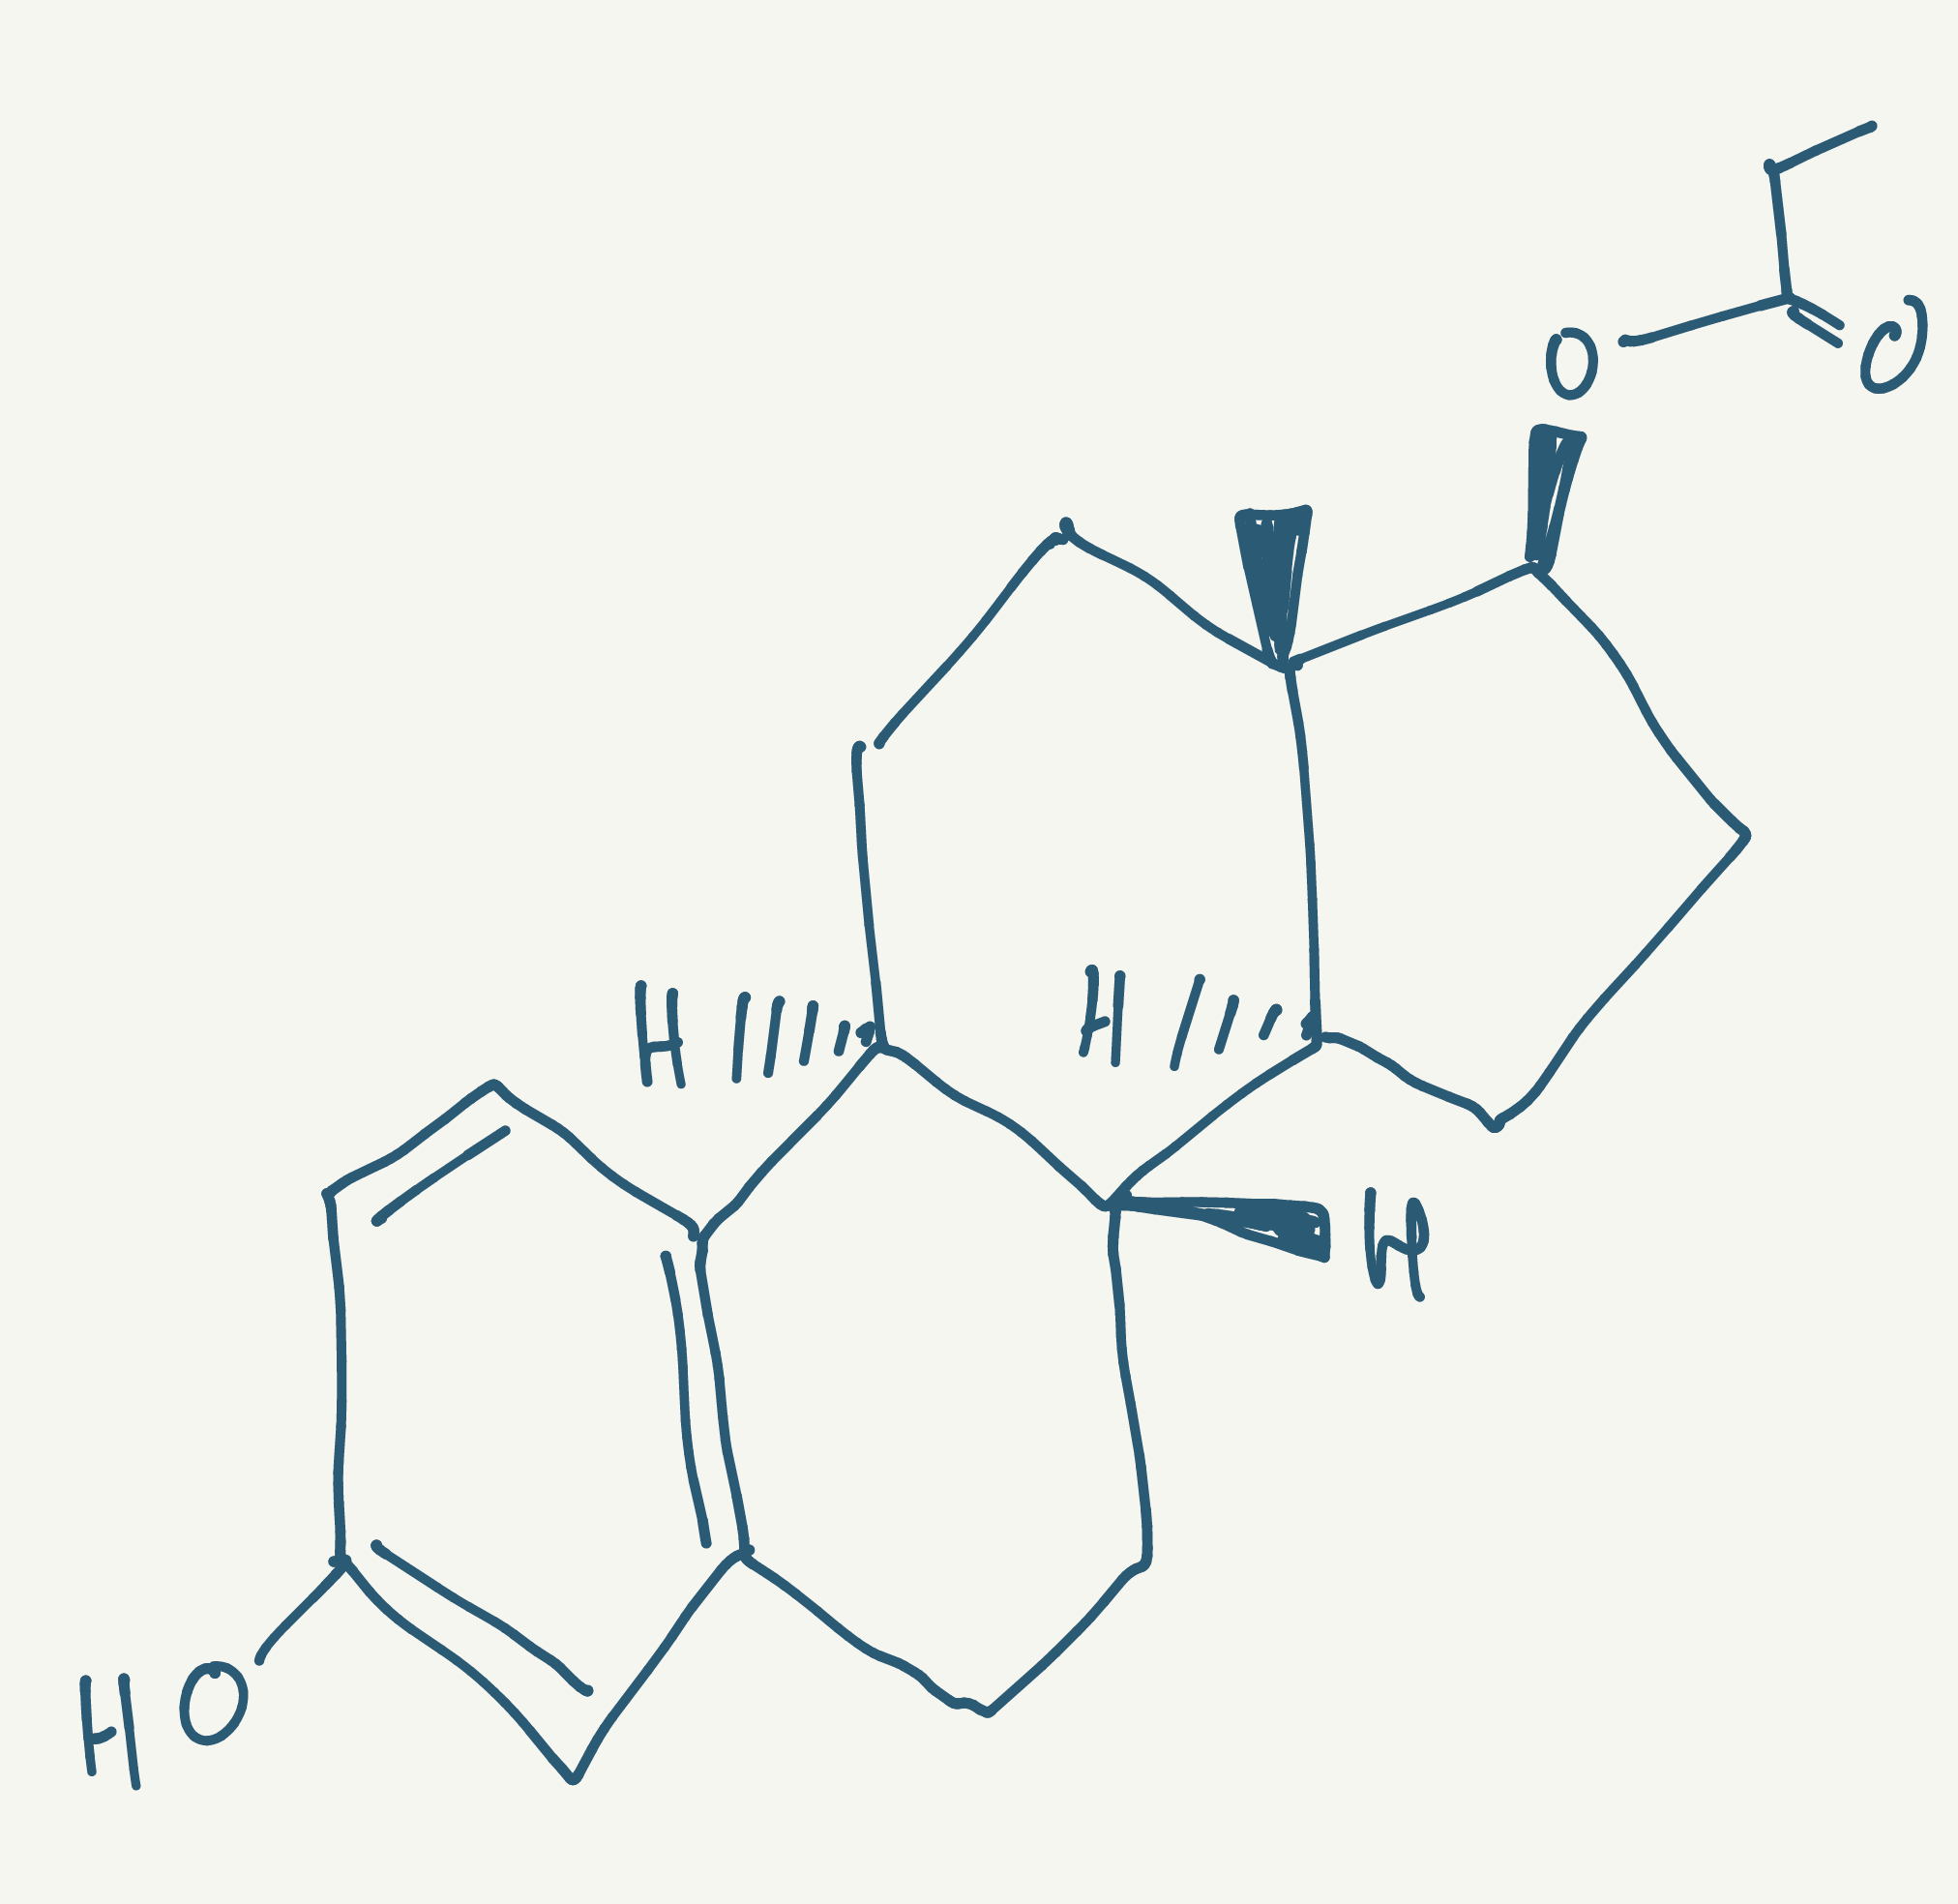
Simplified molecular-input line-entry system (SMILES) notation of the given molecule:
CCC(=O)O[C@H]1CC[C@@H]2[C@@]1(CC[C@H]3[C@H]2CCC4=C3C=CC(=C4)O)C